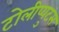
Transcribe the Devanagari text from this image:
टोलीप्युटस